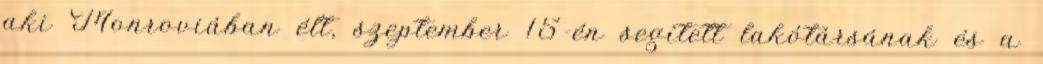
aki Monroviában élt, szeptember 15-én segített lakótársának és a